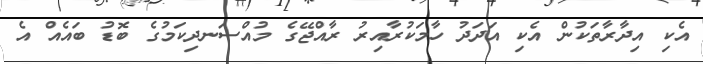
އެކި އިދާރާތަކުން އެކި އަދަދު ހާމަކުރާއިރު ރާއްޖޭގެ މުއްސަނދިކަމުގެ ބޮޑު ބައެއް އެ